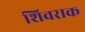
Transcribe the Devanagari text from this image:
शिवराक